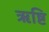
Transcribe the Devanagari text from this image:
ऋष्टि